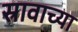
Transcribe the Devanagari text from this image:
स्रावाच्या